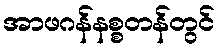
အာဖဂန်နစ္စတန်တွင်